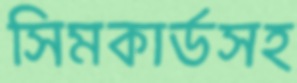
সিমকার্ডসহ